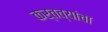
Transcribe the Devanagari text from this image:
कर्तव्यांचा